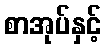
စာအုပ်နှင့်